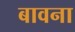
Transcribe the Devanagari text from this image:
बावना